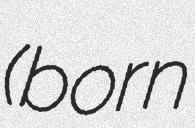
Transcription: (born